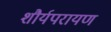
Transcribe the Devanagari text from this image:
शौर्यपरायण